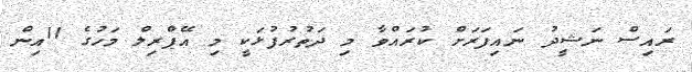
ރައިސް ނަޝީދު ނައިފަރަށް ކުރައްވާ މި ދަތުރުފުޅަކީ މި އޭޕްރިލް މަހުގެ 11އިން